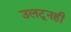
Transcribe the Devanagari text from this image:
उलटूनही